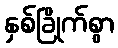
နှစ်ခြိုက်စွာ